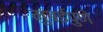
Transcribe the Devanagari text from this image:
मुंबईपुणे